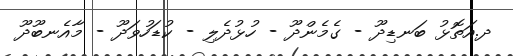
ދ.އަތޮޅު ބަނޑިދޫ - ގެމެންދޫ - ހުޅުދެލި - ކުޑަހުވަދޫ - މާއެނބޫދޫ